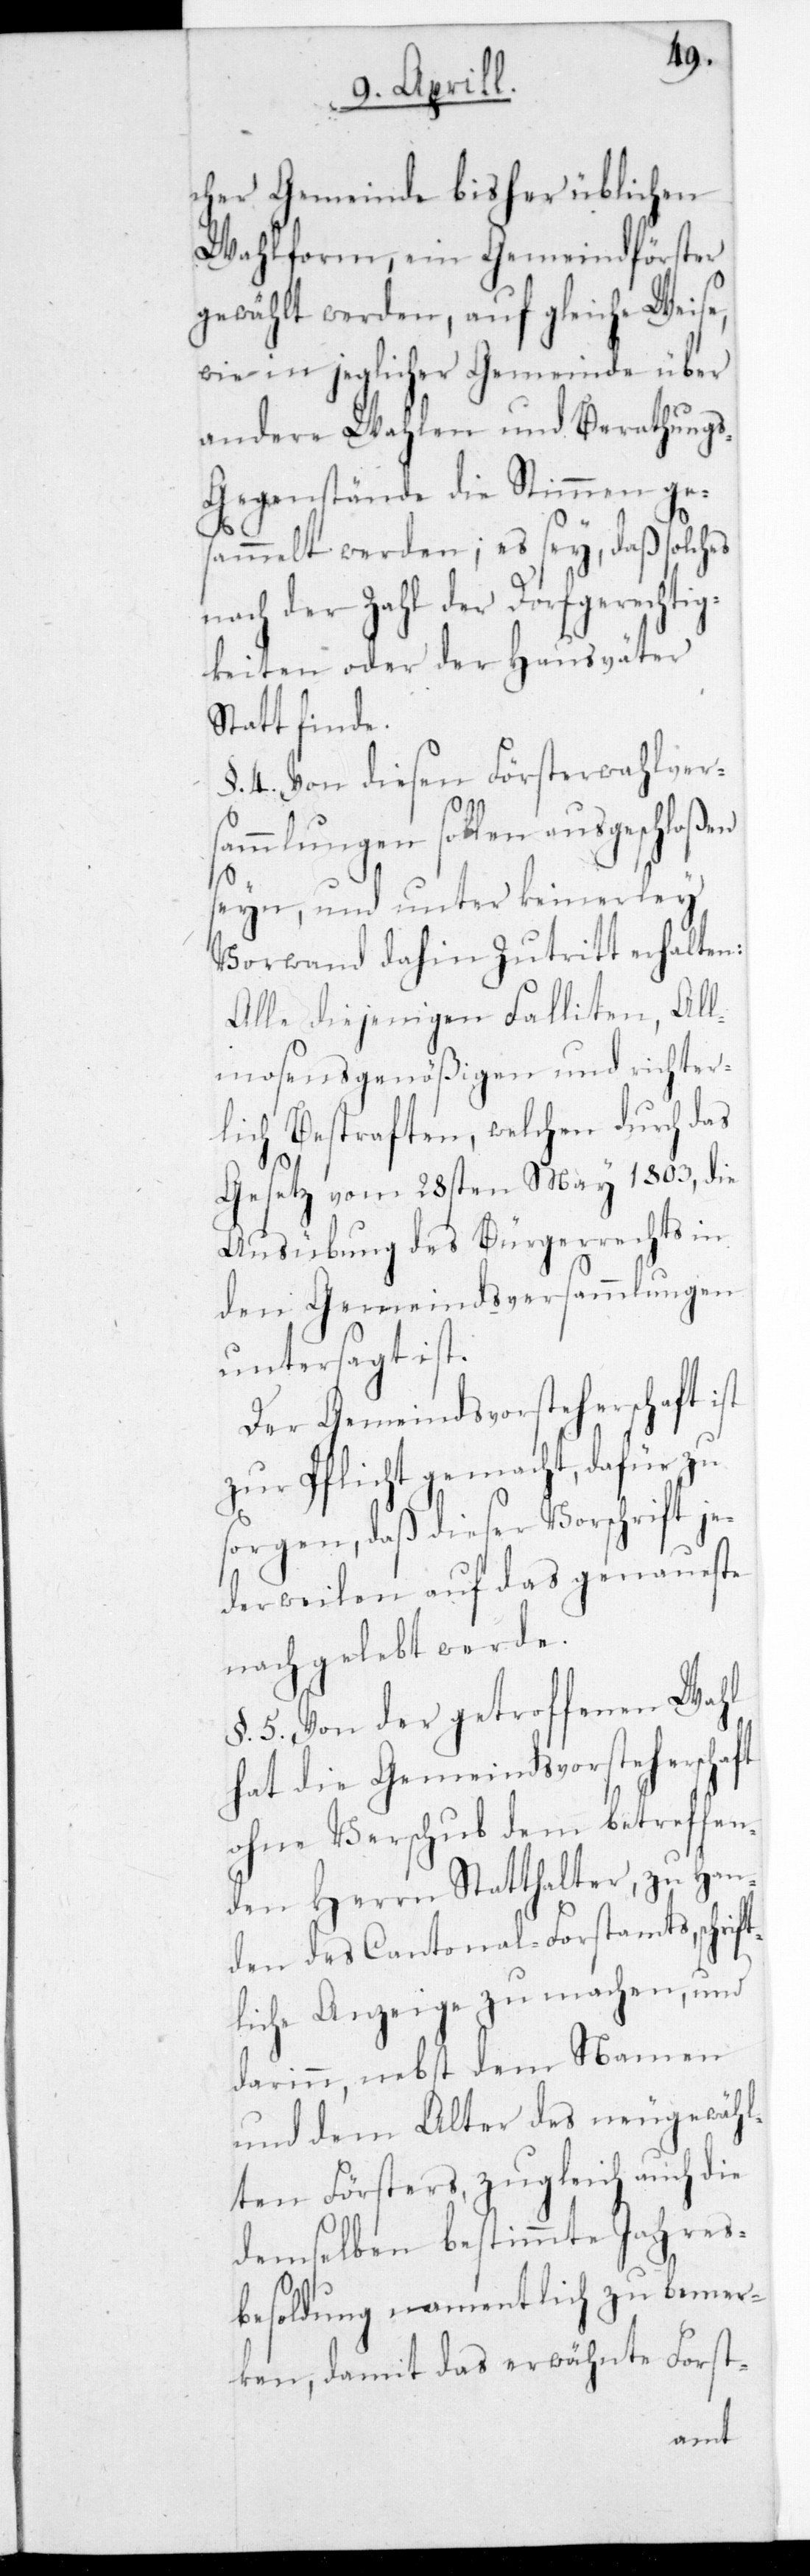
cher Gemeinde bisher üblichen
Wahlform, ein Gemeindförster
gewählt werden, auf gleiche Weise,
wie in jeglicher Gemeinde über
andere Wahlen und Berathung¬
s-Gegenstände die Stimmen ge¬
sammelt werden, es sey, daß solches
nach der Zahl der Dorfgerechtig¬
keiten oder der Hausväter
Statt finde.
§. 4. Von diesen Försterwahlver¬
sammlungen sollen ausgeschloßen
sein und unter keinerlei
Vorwand dahin Zutritt erhalten:
Alle diejenigen Falliten, All¬
mosengenößigen und richter¬
lich Bestraften, welchen durch das
Gesetz vom 28sten May 1803, die
Ausübung des Bürgerrechts in
den Gemeindsversammlungen
untersagt ist.
Der Gemeindsvorsteherschaft ist
zur Pflicht gemacht, dafür zu
sorgen, daß dieser Vorschrift je¬
derweilen auf das genaueste
nachgelebt werde.
§. 5. Von der getroffenen Wahl
hat die Gemeindsvorsteherschaft
ohne Verschub dem betreffen¬
den Herrn Statthalter, zu Han¬
den des Cantonal-Forstamts schrif¬
tliche Anzeige zu machen, und
darin, nebst dem Namen
und dem Alter des neugewähl¬
ten Försters, zugleich auch die
demselben bestimmte Jahres¬
besoldung namentlich zu bemer¬
ken, damit das erwähnte Forst-